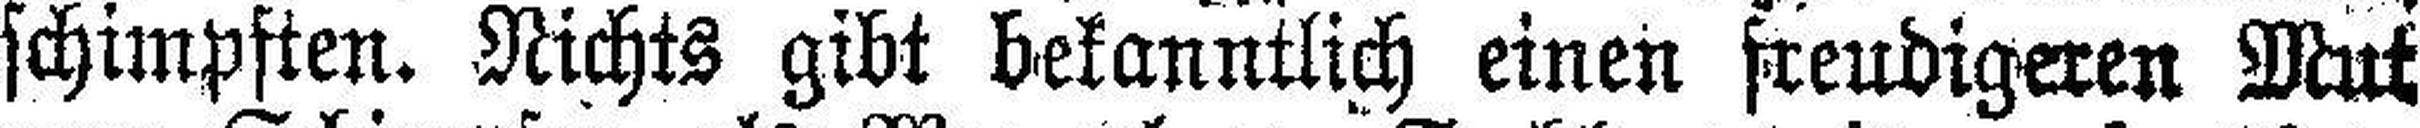
schimpften. Nichts gibt bekanntlich einen freudigeren Mut